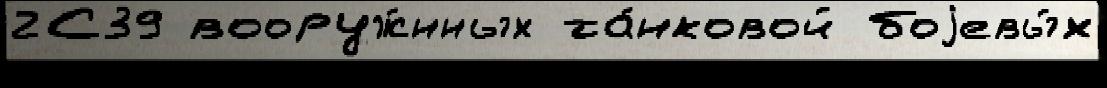
2С39 вооруж́нных та́нковой боjевы́х